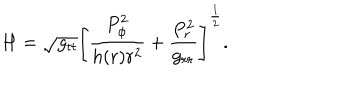
LaTeX: H = \sqrt { g _ { t t } } \left[ { \frac { P _ { \phi } ^ { 2 } } { h ( r ) r ^ { 2 } } } + { \frac { P _ { r } ^ { 2 } } { g _ { r r } } } \right] ^ { \frac { 1 } { 2 } } .